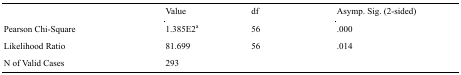
<table><thead><tr><td></td><td><b>Value</b></td><td><b>df</b></td><td><b>Asymp. Sig. (2-sided)</b></td></tr></thead><tbody><tr><td>Pearson Chi-Square</td><td>1.385E2<sup>a</sup></td><td>56</td><td>.000</td></tr><tr><td>Likelihood Ratio</td><td>81.699</td><td>56</td><td>.014</td></tr><tr><td>N of Valid Cases</td><td>293</td><td></td><td></td></tr></tbody></table>